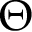
\Theta